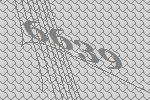
6639